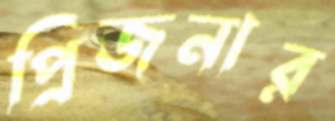
প্রিজনার